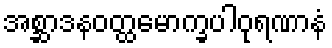
အစ္ဆာဒနဝတ္ထမောက္ခပါဝုရဏာနံ